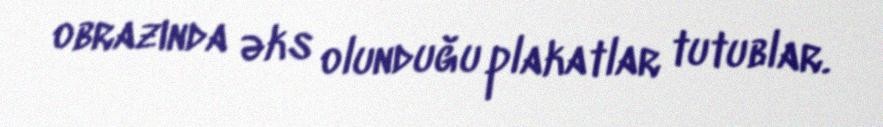
obrazında əks olunduğu plakatlar tutublar.